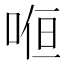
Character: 𭈚